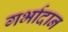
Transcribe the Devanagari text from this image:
गर्भादान